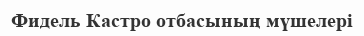
Фидель Кастро отбасының мүшелері